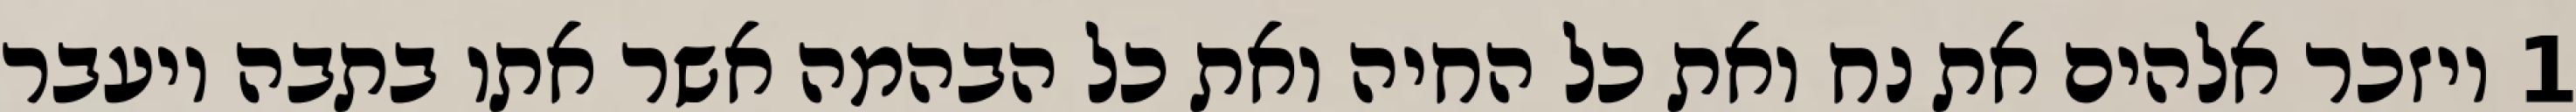
1 ויזכר אלהים את נח ואת כל החיה ואת כל הבהמה אשר אתו בתבה ויעבר